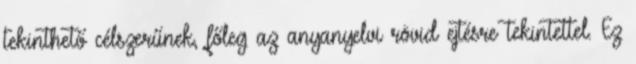
tekinthető célszerűnek, főleg az anyanyelvi rövid ejtésre tekintettel. Ez